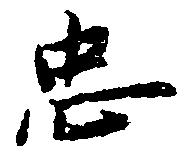
忠